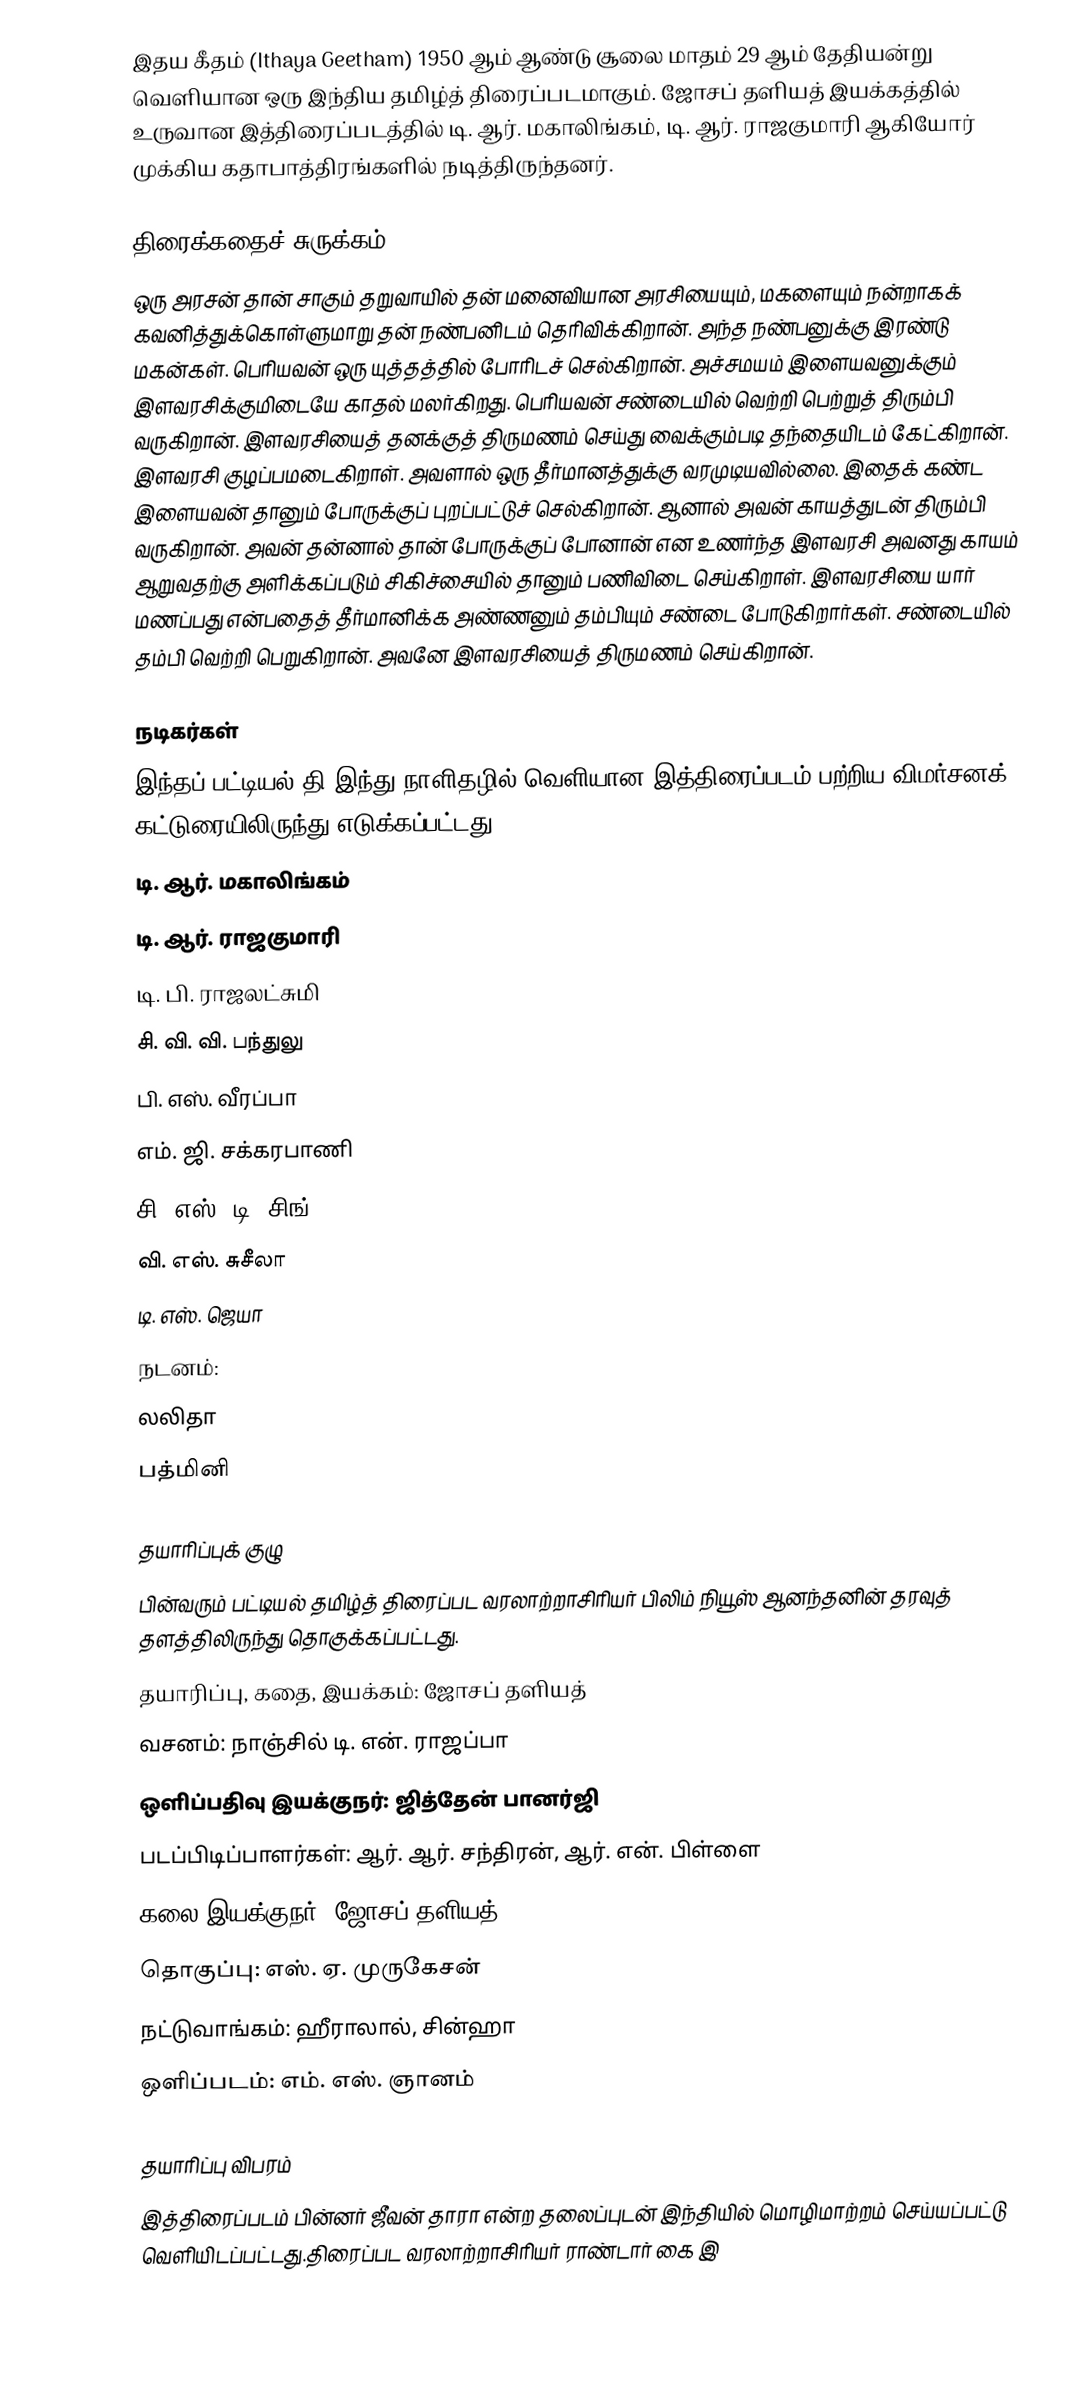
இதய கீதம் (Ithaya Geetham) 1950 ஆம் ஆண்டு சூலை மாதம் 29 ஆம் தேதியன்று வெளியான ஒரு இந்திய தமிழ்த் திரைப்படமாகும். ஜோசப் தளியத் இயக்கத்தில் உருவான இத்திரைப்படத்தில் டி. ஆர். மகாலிங்கம், டி. ஆர். ராஜகுமாரி ஆகியோர் முக்கிய கதாபாத்திரங்களில் நடித்திருந்தனர்.

திரைக்கதைச் சுருக்கம்
ஒரு அரசன் தான் சாகும் தறுவாயில் தன் மனைவியான அரசியையும், மகளையும் நன்றாகக் கவனித்துக்கொள்ளுமாறு தன் நண்பனிடம் தெரிவிக்கிறான். அந்த நண்பனுக்கு இரண்டு மகன்கள். பெரியவன் ஒரு யுத்தத்தில் போரிடச் செல்கிறான். அச்சமயம் இளையவனுக்கும் இளவரசிக்குமிடையே காதல் மலர்கிறது. பெரியவன் சண்டையில் வெற்றி பெற்றுத் திரும்பி வருகிறான். இளவரசியைத் தனக்குத் திருமணம் செய்து வைக்கும்படி தந்தையிடம் கேட்கிறான். இளவரசி குழப்பமடைகிறாள். அவளால் ஒரு தீர்மானத்துக்கு வரமுடியவில்லை. இதைக் கண்ட இளையவன் தானும் போருக்குப் புறப்பட்டுச் செல்கிறான். ஆனால் அவன் காயத்துடன் திரும்பி வருகிறான். அவன் தன்னால் தான் போருக்குப் போனான் என உணர்ந்த இளவரசி அவனது காயம் ஆறுவதற்கு அளிக்கப்படும் சிகிச்சையில் தானும் பணிவிடை செய்கிறாள். இளவரசியை யார் மணப்பது என்பதைத் தீர்மானிக்க அண்ணனும் தம்பியும் சண்டை போடுகிறார்கள். சண்டையில் தம்பி வெற்றி பெறுகிறான். அவனே இளவரசியைத் திருமணம் செய்கிறான்.

நடிகர்கள்
இந்தப் பட்டியல் தி இந்து நாளிதழில் வெளியான இத்திரைப்படம் பற்றிய விமர்சனக் கட்டுரையிலிருந்து எடுக்கப்பட்டது.
 டி. ஆர். மகாலிங்கம்
 டி. ஆர். ராஜகுமாரி
 டி. பி. ராஜலட்சுமி
 சி. வி. வி. பந்துலு
 பி. எஸ். வீரப்பா
 எம். ஜி. சக்கரபாணி
 சி. எஸ். டி. சிங்
 வி. எஸ். சுசீலா
டி. எஸ். ஜெயா
நடனம்:
 லலிதா
 பத்மினி

தயாரிப்புக் குழு
பின்வரும் பட்டியல் தமிழ்த் திரைப்பட வரலாற்றாசிரியர் பிலிம் நியூஸ் ஆனந்தனின் தரவுத் தளத்திலிருந்து தொகுக்கப்பட்டது.
தயாரிப்பு, கதை, இயக்கம்: ஜோசப் தளியத்
வசனம்: நாஞ்சில் டி. என். ராஜப்பா
ஒளிப்பதிவு இயக்குநர்: ஜித்தேன் பானர்ஜி
படப்பிடிப்பாளர்கள்: ஆர். ஆர். சந்திரன், ஆர். என். பிள்ளை
கலை இயக்குநர்: ஜோசப் தளியத்
தொகுப்பு: எஸ். ஏ. முருகேசன்
நட்டுவாங்கம்: ஹீராலால், சின்ஹா
ஒளிப்படம்: எம். எஸ். ஞானம்

தயாரிப்பு விபரம்
இத்திரைப்படம் பின்னர் ஜீவன் தாரா என்ற தலைப்புடன் இந்தியில் மொழிமாற்றம் செய்யப்பட்டு வெளியிடப்பட்டது.திரைப்பட வரலாற்றாசிரியர் ராண்டார் கை இ